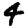
Digit: 4